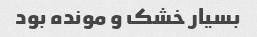
بسیار خشک و مونده بود